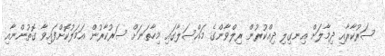
ސަރުކާރާއި ދިމާލަށް އިނގިލި ދިއްކުރުން ރިލްވާންގެ މައްސަލާގައި މިހާތަނަށް ސަރުކާރުން އަމަލުކޮށްފައިވާ ގޮތުންނާއި